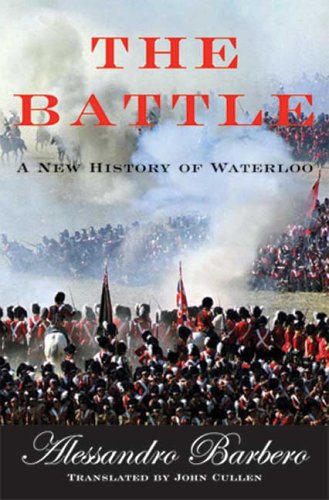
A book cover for The Battle: A New History of Waterloo; Alessandro Barbero; History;